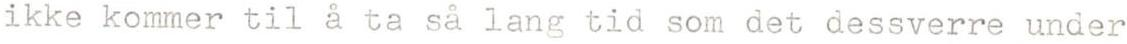
ikke kommer til å ta så lang tid som det dessverre under